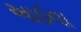
આઇવા